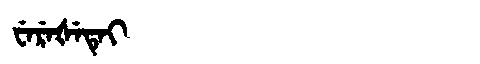
Manchu: ᠸᡝᡵᡝᡧᡝᡨᡝᡳ
Romanization: WEREŠETEI